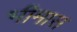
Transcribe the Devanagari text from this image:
भीमास